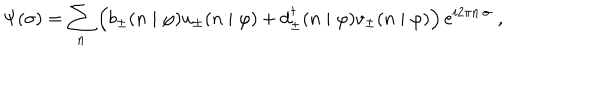
LaTeX: \Psi ( \sigma ) = \sum _ { n } \left( b _ { \pm } ( n \mid \varphi ) u _ { \pm } ( n \mid \varphi ) + d _ { \pm } ^ { \dagger } ( n \mid \varphi ) v _ { \pm } ( n \mid \varphi ) \right) e ^ { i 2 \pi n \cdot \sigma } \; ,